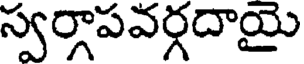
స్వర్గాపవర్గదాయై